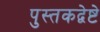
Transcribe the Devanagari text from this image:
पुस्तकद्वेष्टे